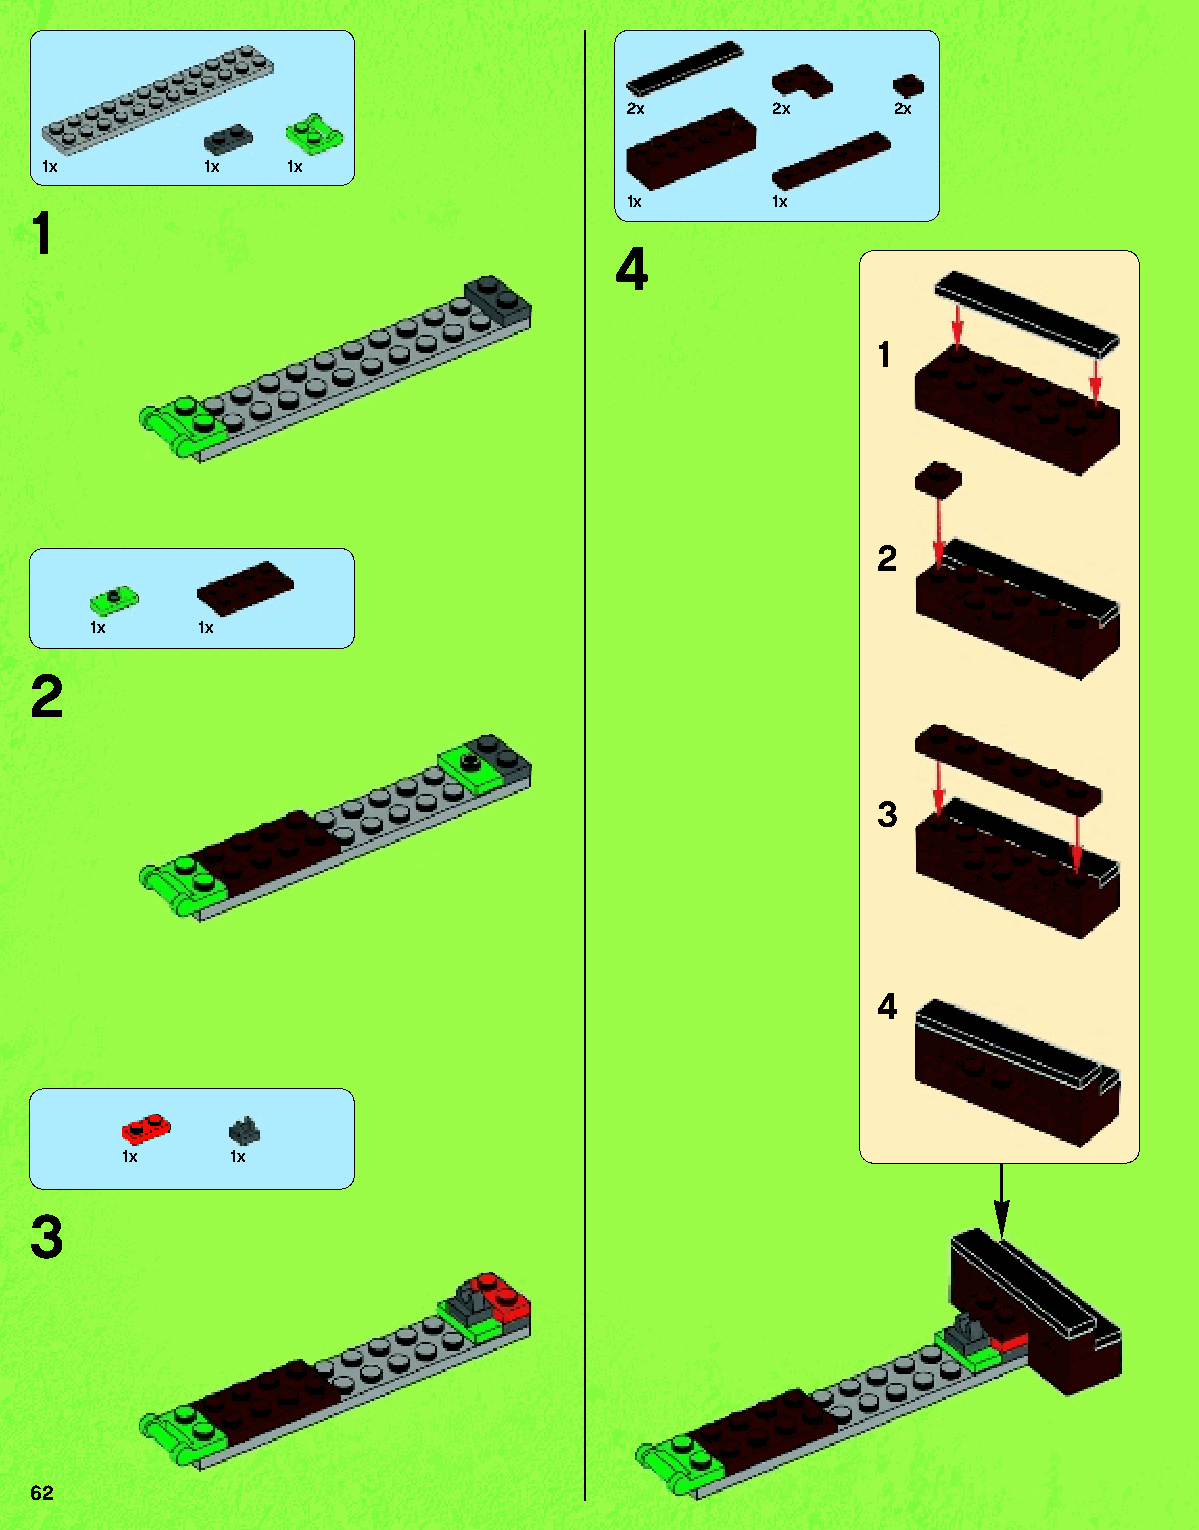
22xx     2x      2x
 1x       1x   1x
 1x       1x
 1
 4
 1
 2
 1x     1x
 2
 3
 4
 1x     1x
 3
 62
 79117_Book1.indd 62                                               01/11/2013 4:35 PM